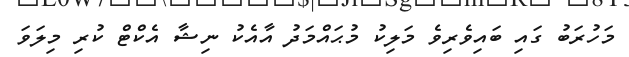
މަހުރަބު ގައި ބައިވެރިވެ މަލިކު މުޙައްމަދު އާއެކު ނިޝާ އެކްޓް ކުރި މިލަވަ